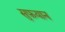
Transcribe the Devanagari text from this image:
सुफ़यान